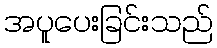
အပူပေးခြင်းသည်